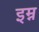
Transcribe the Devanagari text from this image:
इम्न